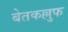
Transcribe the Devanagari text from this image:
बेतकल्लुफ